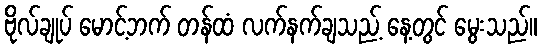
ဗိုလ်ချုပ် မောင့်ဘက် တန်ထံ လက်နက်ချသည့် နေ့တွင် မွေးသည်။